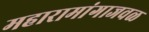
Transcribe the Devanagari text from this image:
महारामांगाजवळ